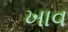
ખાવ